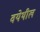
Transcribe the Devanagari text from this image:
वयेथील